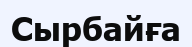
Сырбайға